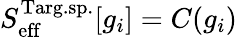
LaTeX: S_{\mathrm{eff}}^{\mathrm{Targ.sp.}}[g_{i}]=C(g_{i})